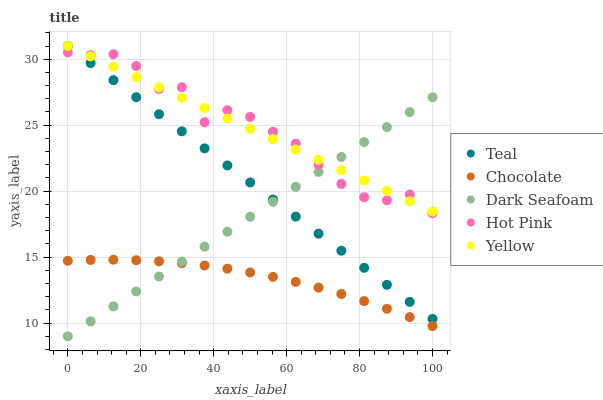
| xaxis_label | Teal | Chocolate | Dark Seafoam | Hot Pink | Yellow |
 | --- | --- | --- | --- | --- | --- |
 | 0 | 31 | 14.7 | 9 | 30.5 | 31 |
 | 6.25 | 29.7 | 14.8 | 10.1 | 30.3 | 30.2 |
 | 12.5 | 28.4 | 14.8 | 11.3 | 30.4 | 29.4 |
 | 18.8 | 27.1 | 14.8 | 12.4 | 29.5 | 28.6 |
 | 25 | 25.8 | 14.7 | 13.5 | 27.7 | 27.9 |
 | 31.2 | 24.5 | 14.5 | 14.7 | 27.9 | 27.1 |
 | 37.5 | 23.2 | 14.4 | 15.8 | 25.2 | 26.3 |
 | 43.8 | 21.9 | 14.1 | 16.9 | 26.1 | 25.5 |
 | 50 | 20.7 | 13.8 | 18.1 | 25.6 | 24.7 |
 | 56.2 | 19.4 | 13.5 | 19.2 | 24.5 | 23.9 |
 | 62.5 | 18.1 | 13.1 | 20.3 | 23.6 | 23.2 |
 | 68.8 | 16.8 | 12.7 | 21.5 | 22 | 22.4 |
 | 75 | 15.5 | 12.2 | 22.6 | 20.5 | 21.6 |
 | 81.2 | 14.2 | 11.7 | 23.7 | 19.5 | 20.8 |
 | 87.5 | 12.9 | 11.1 | 24.9 | 19.3 | 20 |
 | 93.8 | 11.6 | 10.5 | 26 | 19.7 | 19.2 |
 | 100 | 10.3 | 9.77 | 27.1 | 18.3 | 18.4 |